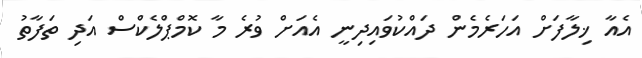
އެއާ ޚިލާފަށް އަހަރެމެން ދައްކުވައިދިނީ އެއަށް ވުރެ މާ ކޮމްޕްލެކްސް އަދި ތަފާތު